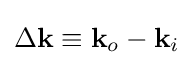
\Delta \mathbf {k} \equiv \mathbf {k} _{o}-\mathbf {k} _{i}